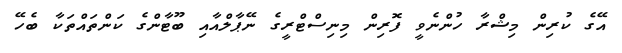
އޭގެ ކުރިން މިޝްރާ ހުންނެވީ ފޮރިން މިނިސްޓްރީގެ ނޭޕާލްއާއި ބޫޓާންގެ ކަންތައްތަކާ ބެހޭ